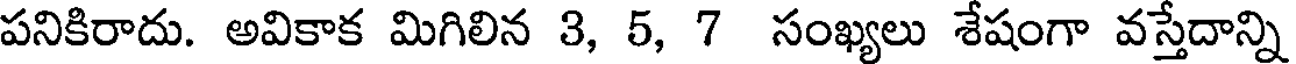
పనికిరాదు. అవికాక మిగిలిన 3, 5, 7 సంఖ్యలు శేషంగా వస్తేదాన్ని